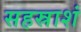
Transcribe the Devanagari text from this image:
सहस्राशं